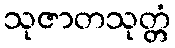
သုဇာတသုတ္တံ